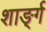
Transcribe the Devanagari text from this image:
शार्ङ्‍ग